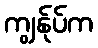
ကျွန်ုပ်က